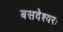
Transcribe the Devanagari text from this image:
बसवेश्वरः